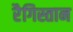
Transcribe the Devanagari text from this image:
रैगिस्तान